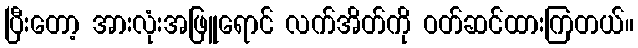
ပြီးတော့ အားလုံးအဖြူရောင် လက်အိတ်ကို ဝတ်ဆင်ထားကြတယ်။